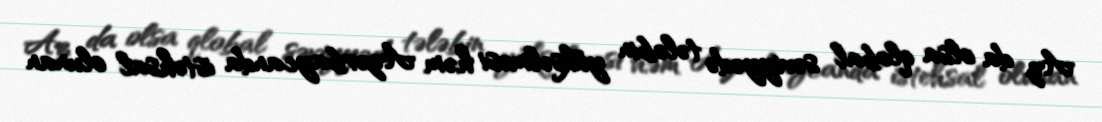
Az da olsa qlobal səviyyədə tələbin yüksəlməsi həm Azərbaycanda istehsal olunan